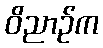
ဝိညာဉ်က